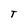
Character: T